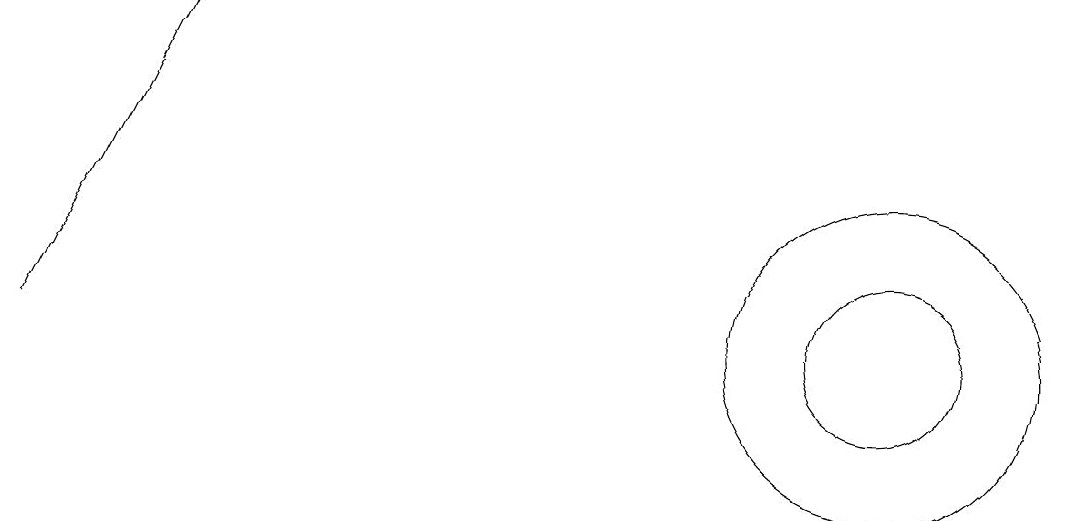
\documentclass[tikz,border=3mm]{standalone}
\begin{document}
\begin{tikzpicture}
\draw (11,11) circle (1);
\draw (11,11) circle (2);
\draw[->] (0,11) -- (2,15);
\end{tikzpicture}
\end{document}